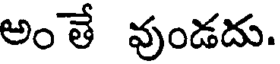
అంతే వుండదు.